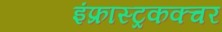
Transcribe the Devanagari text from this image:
इंफ्रास्ट्रकक्चर